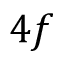
4 f